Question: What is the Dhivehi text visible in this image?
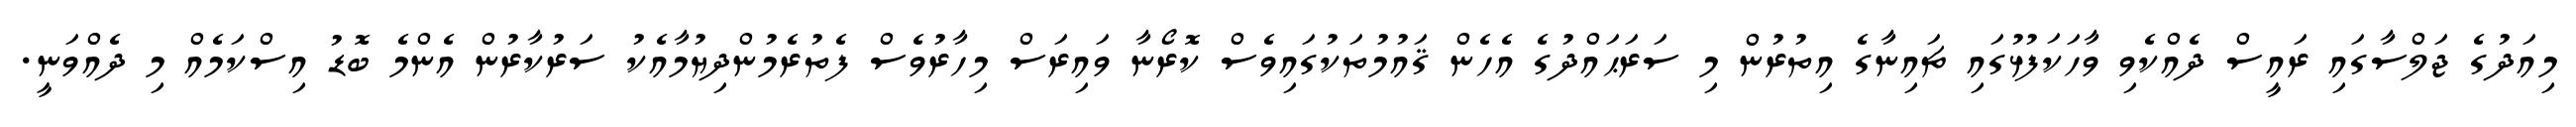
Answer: މިއަދުގެ ޖަލްސާގައި ރައީސް ދެއްކެވި ވާހަކަފުޅުގައި ޗައިނާގެ އިތުރުން މި ސަރަޙައްދުގެ އެހެން ޤައުމުތަކުގައިވެސް ކޮރޯނާ ވައިރަސް މިހާރުވެސް ފެތުރެމުންދިޔުމާއެކު ސަރުކާރުން އެންމެ ބޮޑު އިސްކަމެއް މި ދެއްވަނީ.